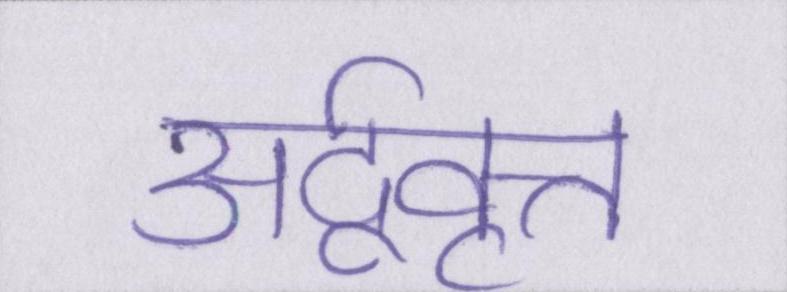
अर्द्ववृत्त